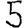
Digit: 5